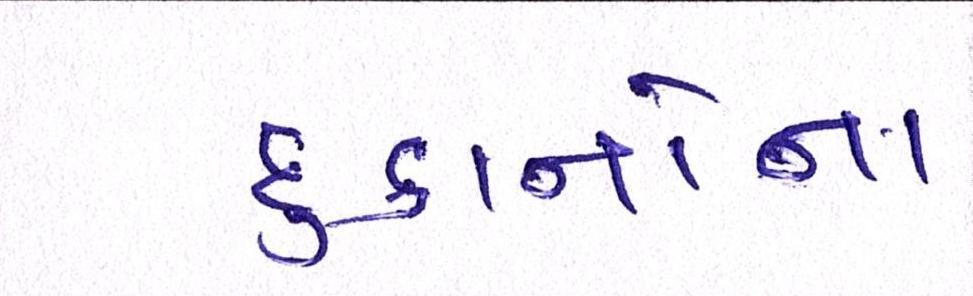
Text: દુકાનોના